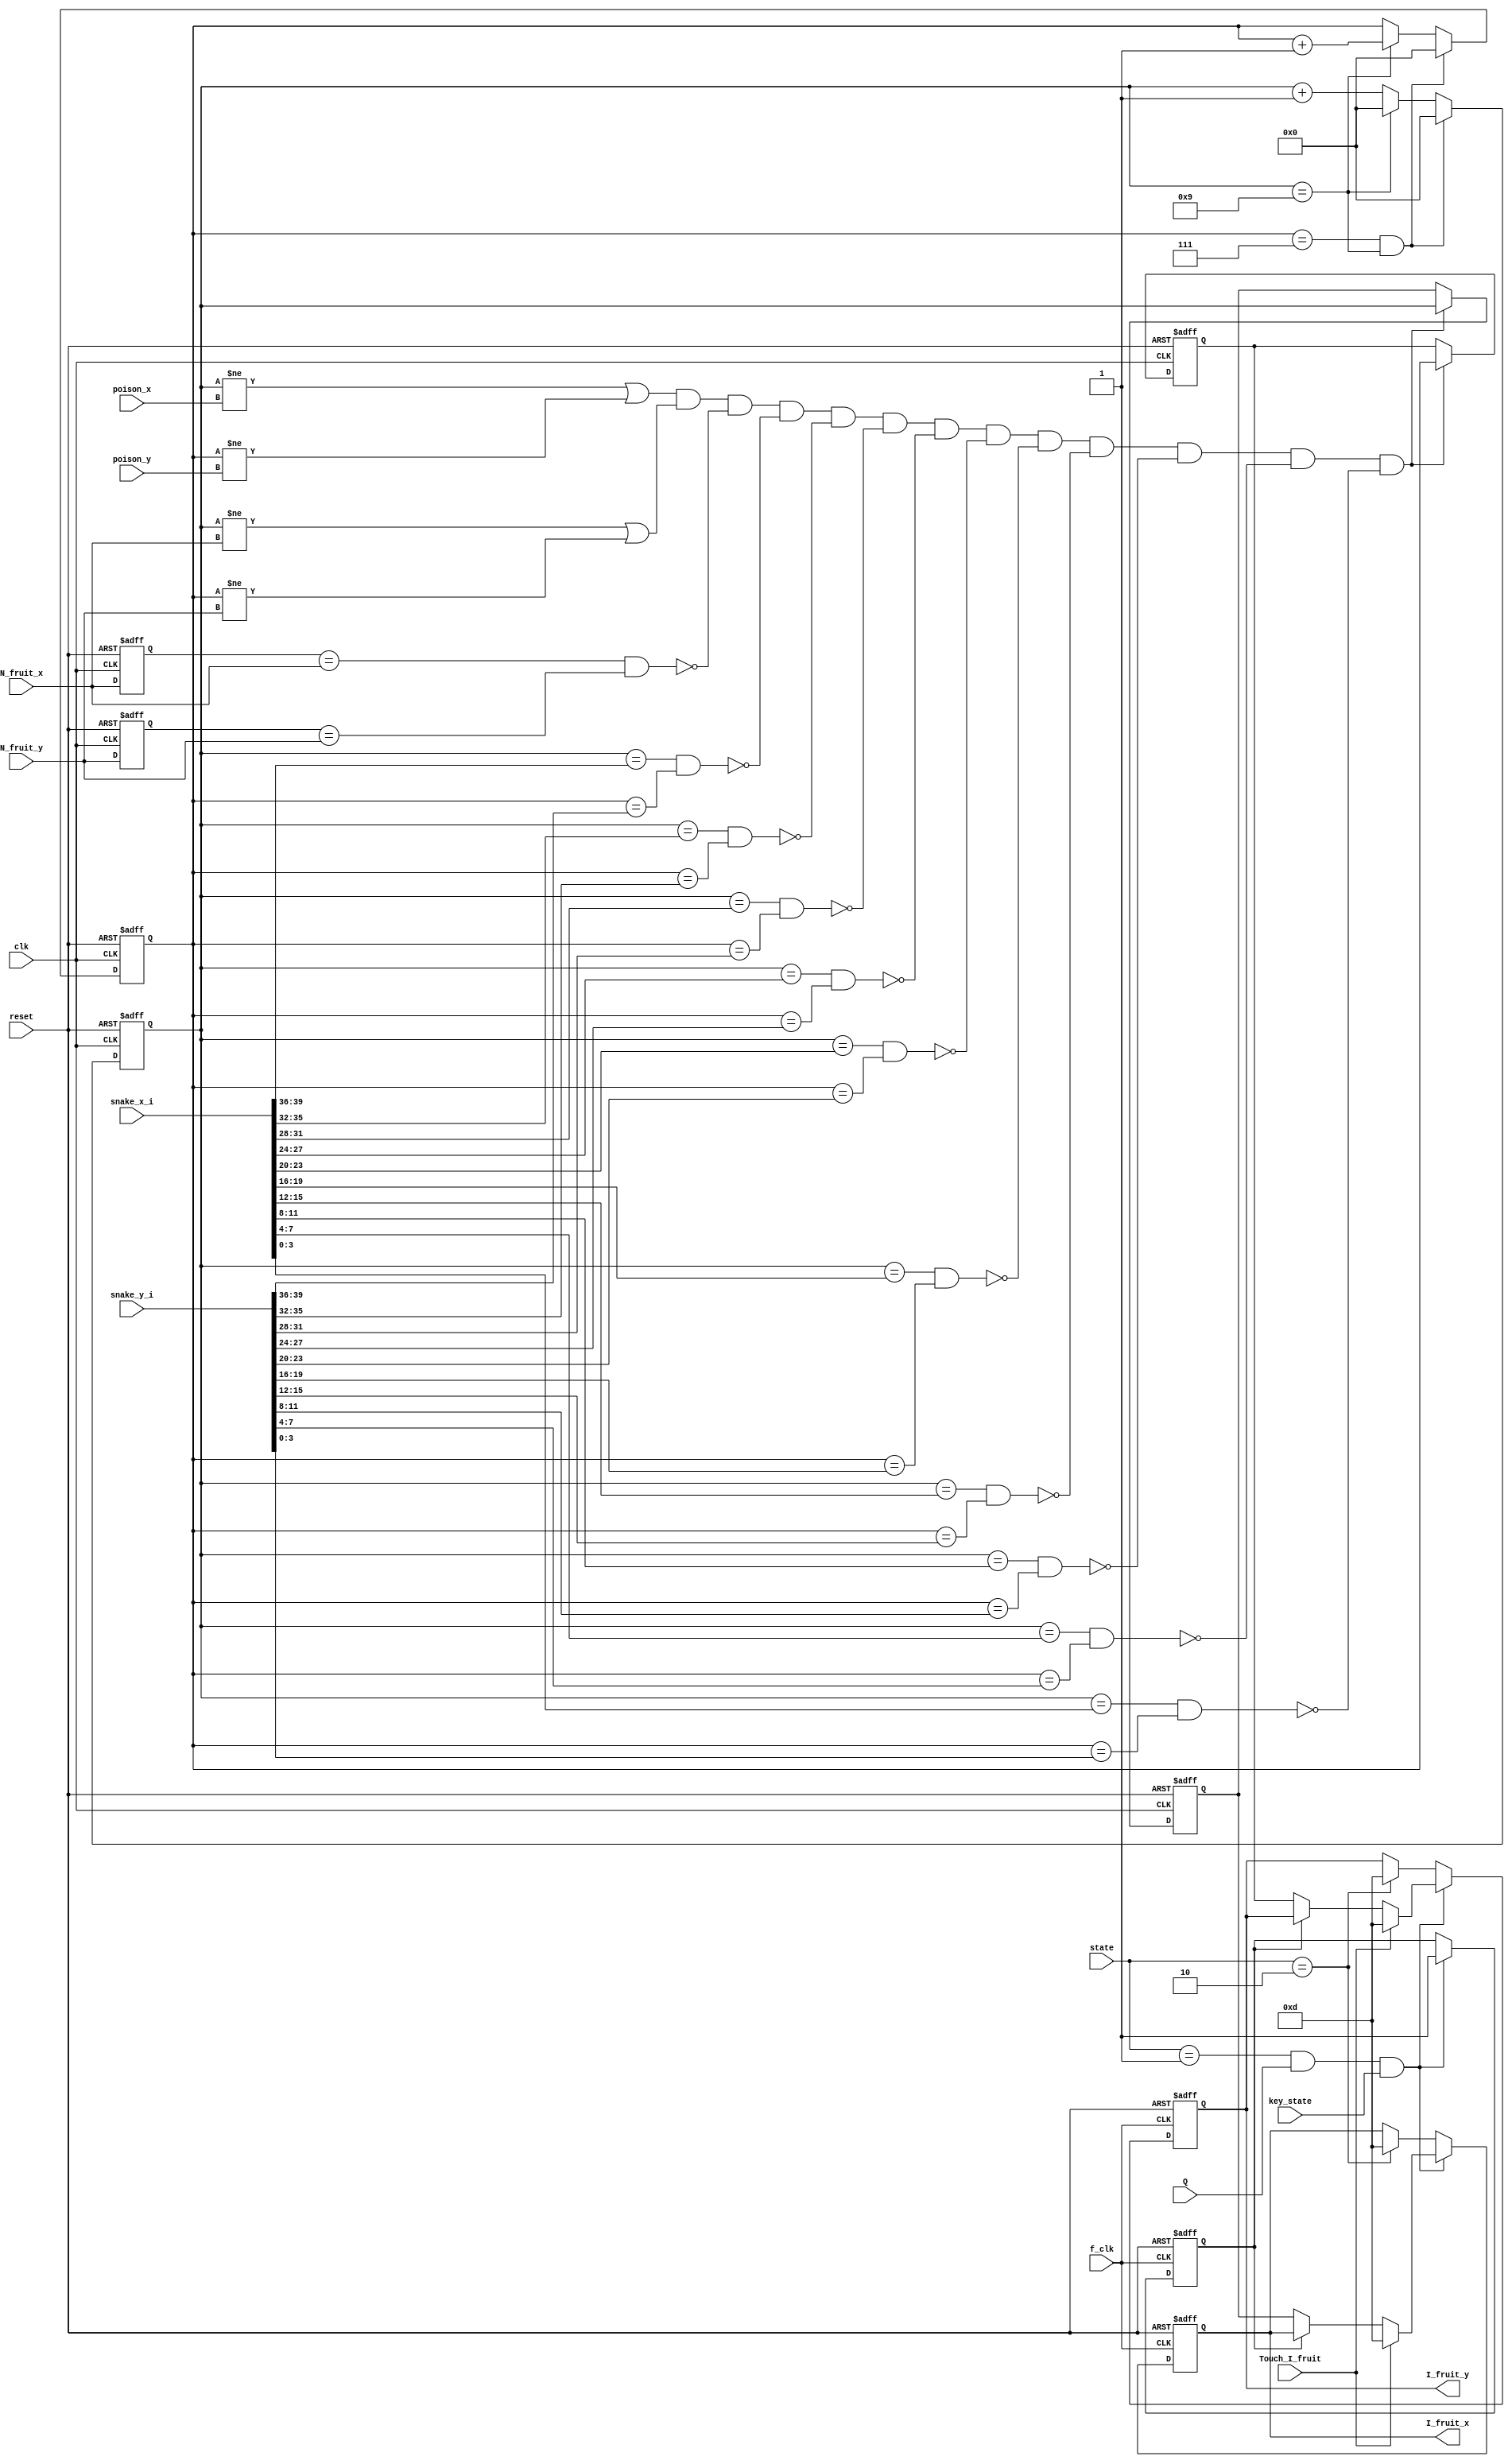
module I_fruit(I_fruit_x, I_fruit_y, state, snake_x_i, snake_y_i, poison_x, poison_y, N_fruit_x, N_fruit_y, Q, Touch_I_fruit, clk, f_clk, reset, key_state);
output reg [3:0] I_fruit_x, I_fruit_y;
input [2:0] state;
input [39:0] snake_y_i, snake_x_i;
input [3:0] poison_x, poison_y, N_fruit_x, N_fruit_y;
input reset, clk, Q, Touch_I_fruit, f_clk, key_state;
reg valid;
reg [3:0] allow_x, allow_y;
wire [3:0] snake_x[9:0], snake_y[9:0];
assign {snake_x[9],snake_x[8],snake_x[7],snake_x[6],snake_x[5],snake_x[4],snake_x[3],snake_x[2],snake_x[1],snake_x[0]} = snake_x_i; 
assign {snake_y[9],snake_y[8],snake_y[7],snake_y[6],snake_y[5],snake_y[4],snake_y[3],snake_y[2],snake_y[1],snake_y[0]} = snake_y_i; 
always @(posedge f_clk or negedge reset)
begin
    if(!reset)
    begin
        I_fruit_x <= 4'd13;
        I_fruit_y <= 4'd13;
        valid <= 0;
    end
    else
    begin
        if(state == 3'b001 && Q && key_state)
        begin
            begin
                if(!valid)
                begin
                    I_fruit_x <= allow_x;
                    I_fruit_y <= allow_y;
                    valid <= 1;
                end
                if(Touch_I_fruit)
                begin
                    I_fruit_x <= 4'd13;
                    I_fruit_y <= 4'd13;
                end
            end
        end
        else if(state == 3'b010)
        begin
            I_fruit_x <= 4'd13;
            I_fruit_y <= 4'd13;
        end
        else
        begin
            I_fruit_x <= I_fruit_x;
            I_fruit_y <= I_fruit_y;
        end
    end
end

reg [3:0] x, y;
reg [3:0] prev_N_fruit_x, prev_N_fruit_y;
always @(posedge clk or negedge reset)
begin
    if(!reset)
    begin
        x <= 0;
        y <= 0;
    end
    else
    begin
        x <= x + 1;
        if(x == 4'd9)
        begin
            y <= y + 1;
            x <= 4'd0; 
        end
        if(y == 4'd7 && x == 4'd9)
        begin
            y <= 0;
            x <= 0;
        end
    end
end

always @(posedge clk or negedge reset)
begin
    if(!reset)
    begin
        allow_y <= 0;
        allow_x <= 0; 
        prev_N_fruit_x <= 0;
        prev_N_fruit_y <= 0;
    end
    else
    begin
        prev_N_fruit_x <= N_fruit_x;
        prev_N_fruit_y <= N_fruit_y;
        if((x != poison_x || y != poison_y) && (x != N_fruit_x || y != N_fruit_y) &&
        !((prev_N_fruit_x == N_fruit_x) && (prev_N_fruit_y == N_fruit_y)) &&
        !(x == snake_x[9] && y == snake_y[9]) && !(x == snake_x[8] && y == snake_y[8]) && 
        !(x == snake_x[7] && y == snake_y[7]) && !(x == snake_x[6] && y == snake_y[6]) && 
        !(x == snake_x[5] && y == snake_y[5]) && !(x == snake_x[4] && y == snake_y[4]) && 
        !(x == snake_x[3] && y == snake_y[3]) && !(x == snake_x[2] && y == snake_y[2]) && 
        !(x == snake_x[1] && y == snake_y[1]) && !(x == snake_x[0] && y == snake_y[0]))
        begin
            allow_x <= x;
            allow_y <= y;
        end
    end
end
endmodule